Sanitation, dispensaries and jails vaccination Rajputana 1922-1927 - 1922-1927
Year: 1922
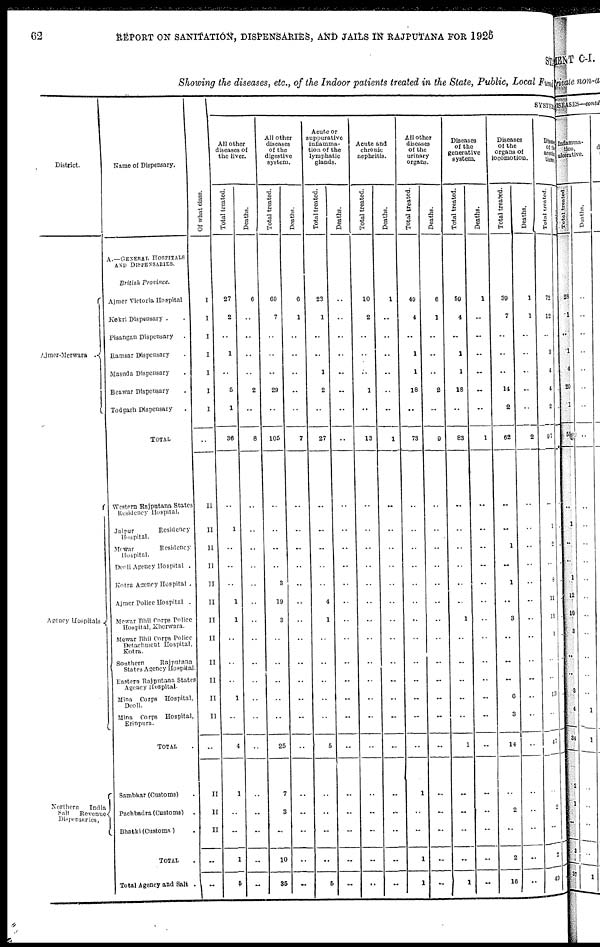
62
REPORT ON SANITATION, DISPENSARIES, AND JAILS IN RAJPUTANA FOR 1925
STATE
Showing the diseases, etc., of the Indoor patients treated in the State, Public, Local Fund
District.
Ajmer-Merwara
.
Agency Hospitals
Northern
India
Salt
Revenue
Dispensaries.
Name of Dispensary.
A.—GENERAL HOSPITALS
AND DISPENSARIES.
British
Province.
Ajmer Victoria Hospital
Kekri Dispensary . .
Pisangan Dispensary .
Ramsar Dispensary .
Masuda Dispensary .
Beawar Dispensary .
Todgarh Dispensary .
TOTAL .
Western Rajputana States
Residency Hospital.
Jaipur
Residency
Hospital.
Merwar
Residency
Hospital.
Deoli Agency Hospital .
Kotra Agency Hospital .
Ajmer Police Hospital .
Mewar Bhil Corps Police
Hospital, Kherwara.
Mewar Bhil Corps Police
Detachment Hospital,
Kotra.
Southern
Rajputana
States Agency Hospital .
Eastern Rajputana States
Agency Hospital.
Mina Corps Hospital,
Deoli.
Mina Corps
Hospital,
Erinpura.
TOTAL .
Sambhar (Customs) .
Pachbadra (Customs) .
Bhatki (Customs) .
TOTAL .
Total Agency and Salt .
Of what class.
I
I
I
I
I
I
I
..
II
II
II
II
II
II
II
II
II
II
II
II
..
II
II
II
..
..
SYSTEMATIC
All other
diseases of
the liver.
Total treated.
27
2
..
1
..
5
1
36
..
1
..
..
..
1
1
..
..
..
1
..
4
1
..
..
1
5
Deaths.
6
..
..
..
..
2
..
8
..
..
..
..
..
..
..
..
..
..
..
..
..
..
..
..
..
..
All other
diseases
of the
digestive
system.
Total treated.
69
7
..
..
..
29
..
105
..
..
..
..
3
19
3
..
..
..
..
..
25
7
3
..
10
35
Deaths.
6
1
..
..
..
..
..
7
..
..
..
..
..
..
..
..
..
..
..
..
..
..
..
..
..
..
Acute or
suppurative
inflamma-
tion of the
lymphatic
glands.
Total treated.
23
1
..
..
1
2
..
27
..
..
..
..
..
4
1
..
..
..
..
..
5
..
..
..
..
5
Deaths.
..
..
..
..
..
..
..
..
..
..
..
..
..
..
..
..
..
..
..
..
..
..
..
..
..
..
Acute and
chronic
nephritis.
Total treated.
10
2
..
..
..
1
..
13
..
..
..
..
..
..
..
..
..
..
..
..
..
..
..
..
..
..
Deaths.
1
..
..
..
..
..
..
1
..
..
..
..
..
..
..
..
..
..
..
..
..
..
..
..
..
..
All other
diseases
of the
urinary
organs.
Total treated.
49
4
..
1
1
18
..
73
..
..
..
..
..
..
..
..
..
..
..
..
..
1
..
..
1
1
Deaths.
6
1
..
..
..
2
..
9
..
..
..
..
..
..
..
..
..
..
..
..
..
..
..
..
..
..
Diseases
of the
generative
system.
Total treated.
59
4
..
1
1
18
..
83
..
..
..
..
..
..
1
..
..
..
..
..
1
..
..
..
..
1
Deaths.
1
..
..
..
..
..
..
1
..
..
..
..
..
..
..
..
..
..
..
..
..
..
..
..
..
..
Diseases
of the
organs of
locomotion.
Total treated.
39
7
..
..
..
14
2
62
..
..
1
..
1
..
3
..
..
..
6
3
14
..
2
..
2
16
Deaths.
1
1
..
..
..
..
..
2
..
..
..
..
..
..
..
..
..
..
..
..
..
..
..
..
..
..
Diseases
of the
areole
tissue
Total treated.
72
12
..
3
4
4
2
97
..
1
2
..
8
11
11
1
..
..
13
..
47
..
2
..
2
49
Deaths.
..
..
..
..
..
..
..
..
..
..
..
..
..
..
..
..
..
..
..
..
..
..
..
..
..
..